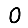
Digit: 0